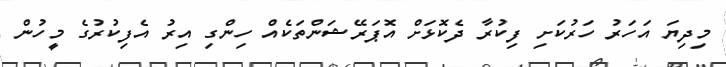
މިދިޔަ އަހަރު ހަރުކަށި ފިކުރާ ދެކޮޅަށް އޮޕަރޭޝަންތަކެއް ހިންގި އިރު އެފިކުރުގެ މީހުން